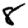
Digit: 8